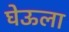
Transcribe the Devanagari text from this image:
घेऊला